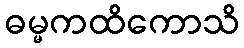
ဓမ္မကထိကောသိ